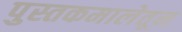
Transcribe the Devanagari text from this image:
पुस्तकमालेतून